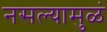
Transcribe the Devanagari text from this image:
नसल्यामुळं